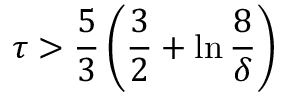
\tau > { \frac { 5 } { 3 } } \left( { \frac { 3 } { 2 } } + \ln { \frac { 8 } { \delta } } \right)